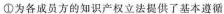
①为各成员方的知识产权立法提供了基本遵循